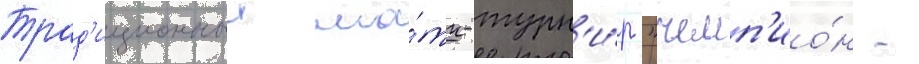
Трад'иционныи ма́тч-турн'и́р "чемп'ио́н -